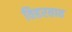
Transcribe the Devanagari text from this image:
विहरतात